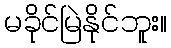
မခိုင်မြဲနိုင်ဘူး။